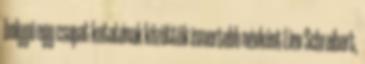
bolygó egy csapat kutatónak közöttük ismertebb névként Liev Schreibert,